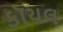
કૉયલ